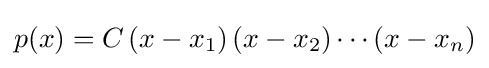
p(x)=C\left(x-x_{1}\right)\left(x-x_{2}\right)\cdots \left(x-x_{n}\right)